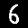
Digit: 6